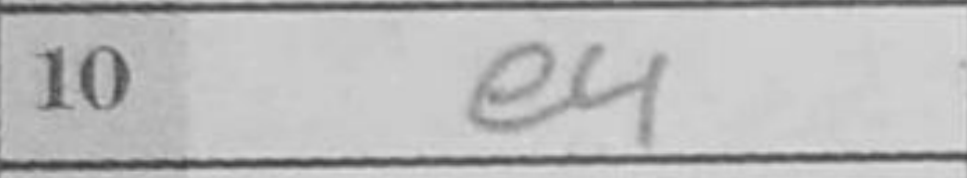
Transcription: e4